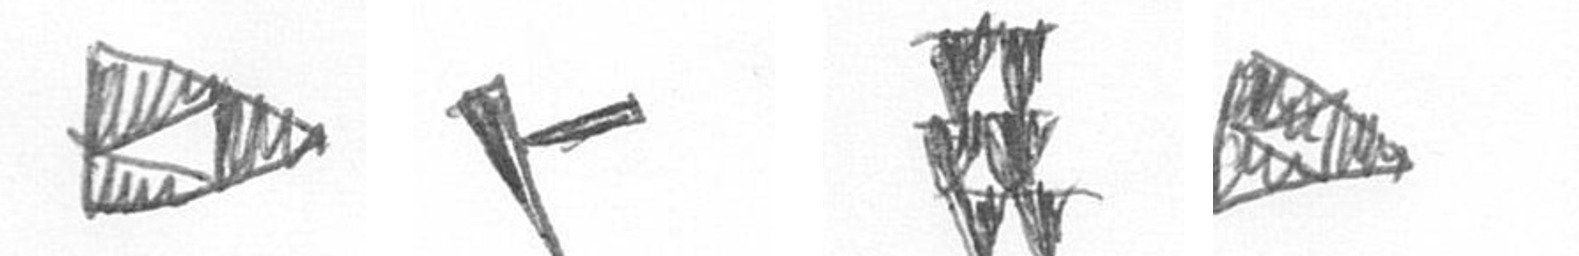
K F Y K